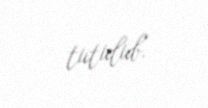
tutulub.